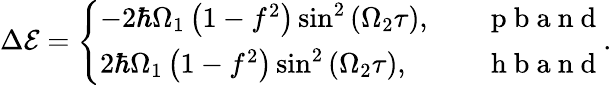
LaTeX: \begin{array}{r}{\Delta{\cal E}=\left\{ \begin{array}{ll}{-2\hbar\Omega_{1}\left(1-f^{2}\right)\sin^{2}\left(\Omega_{2}\tau\right),}&{\quad\mathrm{~p~b~a~n~d~}}\\ {2\hbar\Omega_{1}\left(1-f^{2}\right)\sin^{2}\left(\Omega_{2}\tau\right),}&{\quad\mathrm{~h~b~a~n~d~}}\end{array}\right..}\end{array}